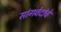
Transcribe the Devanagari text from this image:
सांगवेदांचे